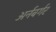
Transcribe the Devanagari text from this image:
अर्नबर्गर